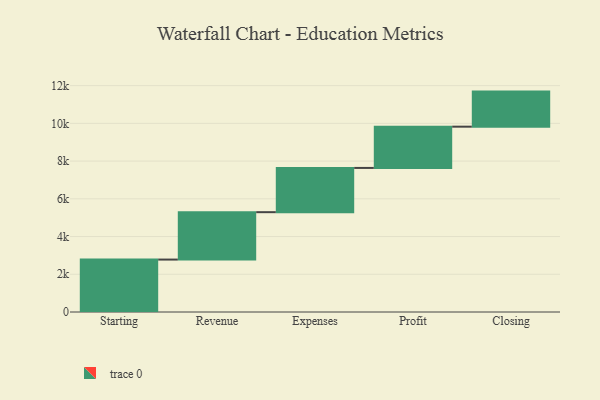
{"axis": {"x": "Step", "y": "Value"}, "legend": [""], "data": [{"x": "Starting", "y": 2779.0, "type": ""}, {"x": "Revenue", "y": 2513.0, "type": ""}, {"x": "Expenses", "y": 2345.0, "type": ""}, {"x": "Profit", "y": 2187.0, "type": ""}, {"x": "Closing", "y": 1859.0, "type": ""}]}